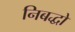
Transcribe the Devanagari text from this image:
निबद्धो